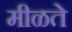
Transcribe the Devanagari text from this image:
मीळते